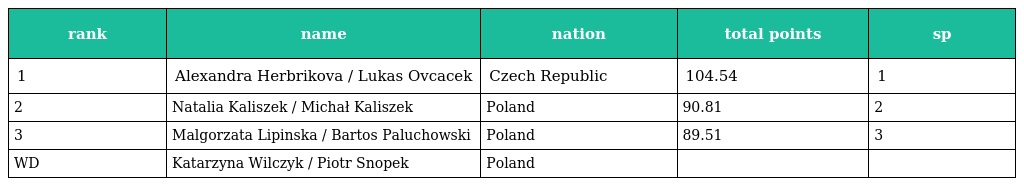
| rank | name | nation | total points | sp |
 | --- | --- | --- | --- | --- |
 | 1 | Alexandra Herbrikova / Lukas Ovcacek | Czech Republic | 104.54 | 1 |
 | 2 | Natalia Kaliszek / Michał Kaliszek | Poland | 90.81 | 2 |
 | 3 | Malgorzata Lipinska / Bartos Paluchowski | Poland | 89.51 | 3 |
 | WD | Katarzyna Wilczyk / Piotr Snopek | Poland |  |  |